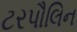
ટરપૌલિન